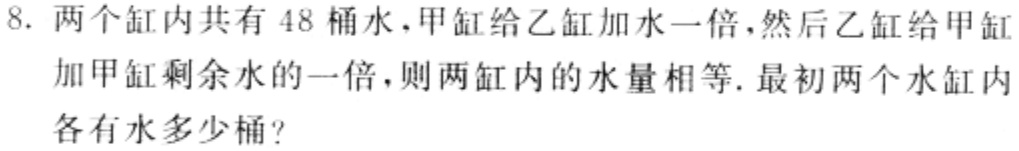
8. 两个缸内共有 48 桶水，甲缸给乙缸加水一倍，然后乙缸给甲缸加甲缸剩余水的一倍，则两缸内的水量相等. 最初两个水缸内各有水多少桶？